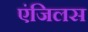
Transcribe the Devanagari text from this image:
एंजिलस